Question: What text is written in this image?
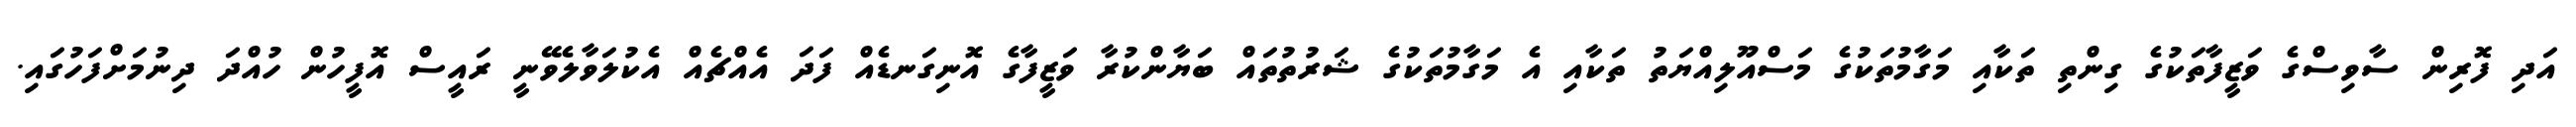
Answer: އަދި ފޮރިން ސާވިސްގެ ވަޒީފާތަކުގެ ގިންތި ތަކާއި މަގާމުތަކުގެ މަސްއޫލިއްޔަތު ތަކާއި އެ މަގާމުތަކުގެ ޝަރުތުތައް ބަޔާންކުރާ ވަޒީފާގެ އޮނިގަނޑެއް ފަދަ އެއްޗެއް އެކުލަވާލެވޭނީ ރައީސް އޮފީހުން ހުއްދަ ދިނުމަށްފަހުގައި.